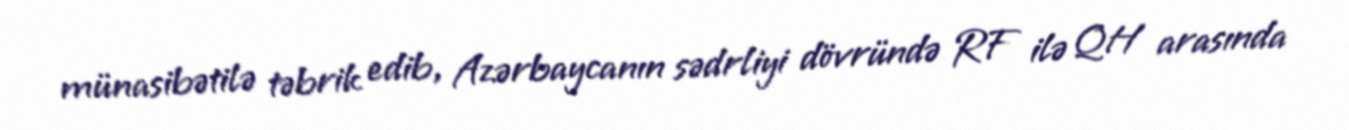
münasibətilə təbrik edib, Azərbaycanın sədrliyi dövründə RF ilə QH arasında